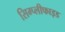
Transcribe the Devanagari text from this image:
सिम्प्लीफाइड